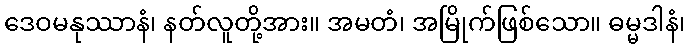
ဒေဝမနုဿာနံ၊ နတ်လူတို့အား။ အမတံ၊ အမြိုက်ဖြစ်သော။ ဓမ္မဒါနံ၊